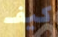
كيف